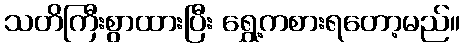
သတိကြီးစွာထားပြီး ရွှေ့ကစားရတော့မည်။